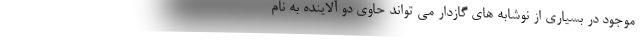
موجود در بسیاری از نوشابه های گازدار می تواند حاوی دو آلاینده به نام